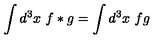
\int d ^ { 3 } x \ f * g = \int d ^ { 3 } x \ f g